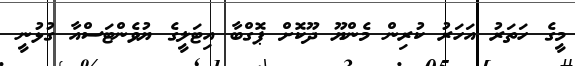
މީގެ ހަތަރު އަހަރު ކުރިން މެންޔޫ ދޫކޮށް ޕޮގްބާ އިޓަލީގެ ޔުވެންޓަސްއާ ގުޅުނީ